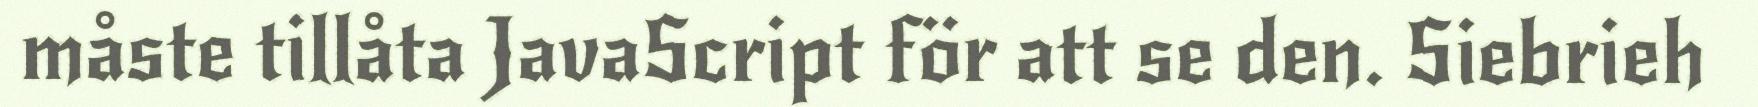
måste tillåta JavaScript för att se den. Siebrieh